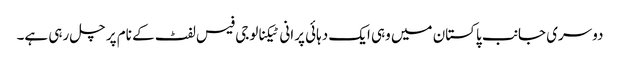
دوسری جانب پاکستان میں وہی ایک دہائی پرانی ٹیکنالوجی فیس لفٹ کے نام پر چل رہی ہے۔